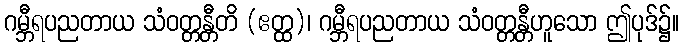
ဂမ္ဘီရပညတာယ သံဝတ္တန္တီတိ (ဧတ္ထ)၊ ဂမ္ဘီရပညတာယ သံဝတ္တန္တီဟူသော ဤပုဒ်၌။